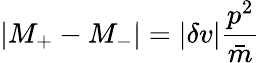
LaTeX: |M_{+}-M_{-}|=|\delta v|{\frac{p^{2}}{\bar{m}}}